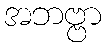
အဘဗ္ဗာ